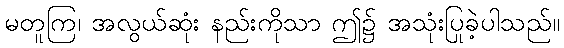
မတူကြ၊ အလွယ်ဆုံး နည်းကိုသာ ဤ၌ အသုံးပြုခဲ့ပါသည်။